Vaccination Hyderabad 1872-1889 - 1872-1889
Year: 1872
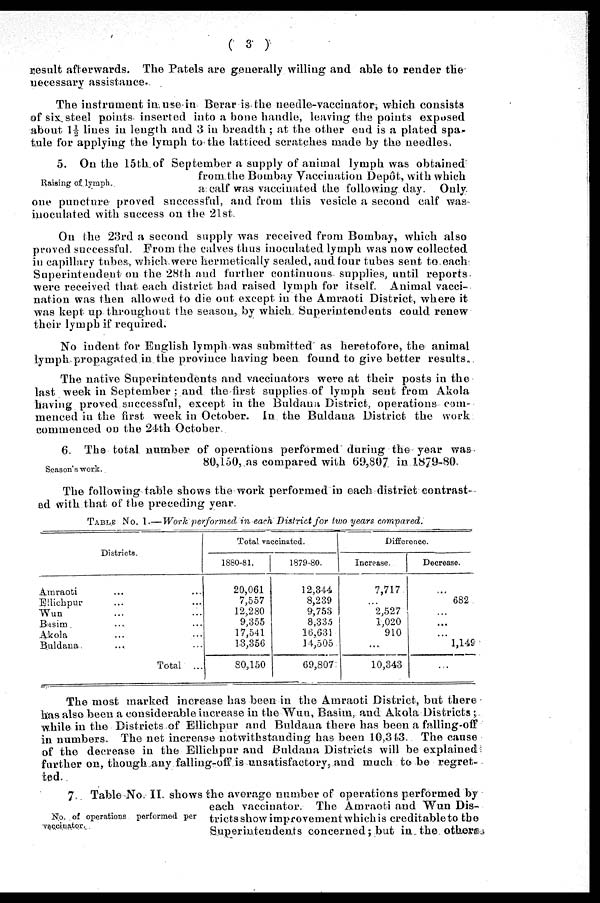
( 3 )
result afterwards. The Patels are generally willing and able to render the
necessary assistance.
The instrument in use in Berar is the needle-vaccinator, which consists
of six steel points inserted into a bone handle, leaving the points exposed
about 1½ lines in length and 3 in breadth; at the other end is a plated spa¬
tule for applying the lymph to the latticed scratches made by the needles,
Raising of lymph.
5. On the 15th of September a supply of animal lymph was obtained
from the Bombay Vaccination Depôt, with which
a, calf was vaccinated the following day. Only
one puncture proved successful, and from this vesicle a second calf was
inoculated with success on the 21st.
On the 23rd a second supply was received from Bombay, which also
proved successful. From the calves thus inoculated lymph was now collected
in capillary tubes, which were hermetically sealed, and four tubes sent to each
Superintendent on the 28th and further continuous supplies, until reports
were received that each district had raised lymph for itself. Animal vacci-
nation was then allowed to die out except in the Amraoti District, where it
was kept up throughout the season, by which Superintendents could renew
their lymph if required.
No indent for English lymph was submitted as heretofore, the animal
lymph propagated in the province having been found to give better results.
The native Superintendents and vaccinators were at their posts in the
last week in September; and the first supplies of lymph sent from Akola
having proved successful, except in the Buldana District, operations com-
menced in the first week in October. In the Buldana District the work
commenced on the 24th October.
Season's work.
6. The total number of operations performed during the year was
80,150, as compared with 69,807 in 1879-80.
The following table shows the work performed in each district contrast-
ed with that of the preceding year.
TABLE No. I.—Work performed in each District for two years compared.
Districts.
Amraoti ... ...
Ellichpur ... ...
Wun
...
...
Basim ... ...
Akola ... ...
Buldana ... ...
Total ...
Total vaccinated.
1880-81.
20,061
7,557
12,280
9,355
17,541
13,356
80,150
1879-80.
12,344
8,239
9,753
8,335
16,631
14,505
69,807
Difference.
Increase.
7,717
...
2,527
1,020
910
...
10,343
Decrease.
...
682
...
...
...
1,149
...
The most marked increase has been in the Amraoti District, but there
has also been a considerable increase in the Wun, Basim, and Akola Districts;
while in the Districts of Ellichpur and Buldana there has been a falling-off
in numbers. The net increase notwithstanding has been 10,343. The cause
of the decrease in the Ellichpur and Buldana Districts will be explained
further on, though any falling-off is unsatisfactory, and much to be regret-
ted.
No. of operations performed per
vaccinator.
7. Table No. II. shows the average number of operations performed by
each vaccinator The Amraoti and Wun Dis-
tricts show improvement which is creditable to the
Superintendents concerned; but in the others.